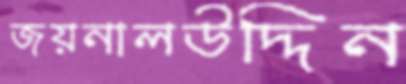
জয়নালউদ্দিন